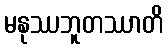
မနုဿဘူတဿာတိ